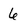
Character: 6